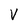
Character: V